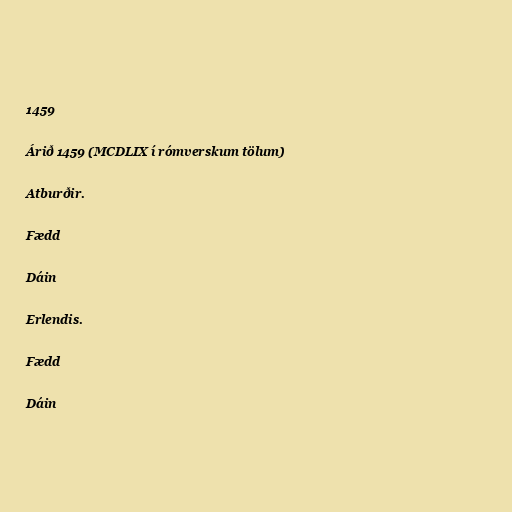
1459

Árið 1459 (MCDLIX í rómverskum tölum)

Atburðir.

Fædd

Dáin

Erlendis.

Fædd

Dáin